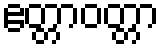
ဧတ္တာဝတ္တာ